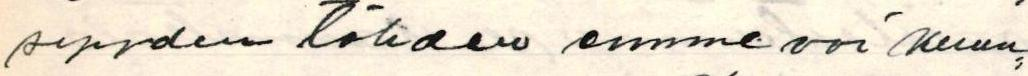
syyden tähden emme voi kuun=